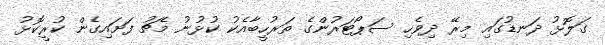
ގަލޮޅު ދަނޑުގައި މިރޭ ދިވެހި ސަޕޯޓަރުންގެ ތަރުހީބާއެކު ކުޅުނު މެޗު ފަށައިގެން ކުރީކޮޅު